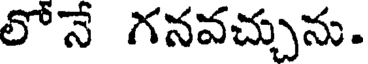
లోన గనవచ్చును.